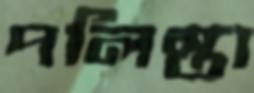
পলিস্তা